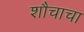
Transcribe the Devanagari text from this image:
शौचाचा